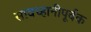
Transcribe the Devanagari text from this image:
सावध्हानीपूर्वक